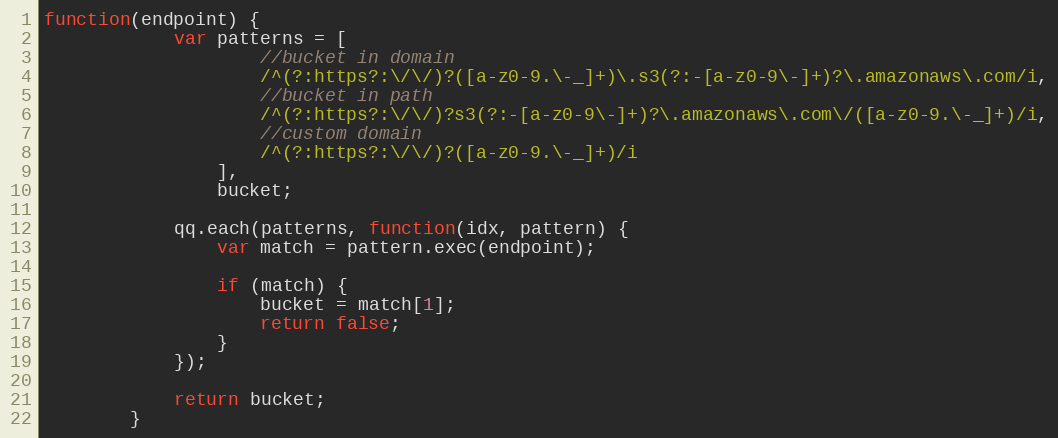
Language: JavaScript
function(endpoint) {
            var patterns = [
                    //bucket in domain
                    /^(?:https?:\/\/)?([a-z0-9.\-_]+)\.s3(?:-[a-z0-9\-]+)?\.amazonaws\.com/i,
                    //bucket in path
                    /^(?:https?:\/\/)?s3(?:-[a-z0-9\-]+)?\.amazonaws\.com\/([a-z0-9.\-_]+)/i,
                    //custom domain
                    /^(?:https?:\/\/)?([a-z0-9.\-_]+)/i
                ],
                bucket;

            qq.each(patterns, function(idx, pattern) {
                var match = pattern.exec(endpoint);

                if (match) {
                    bucket = match[1];
                    return false;
                }
            });

            return bucket;
        }